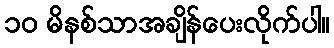
၁၀ မိနစ်သာအချိန်ပေးလိုက်ပါ။